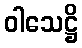
ဝါသေဋ္ဌိ